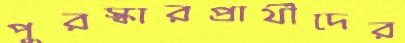
পুরস্কারপ্রার্থীদের